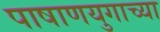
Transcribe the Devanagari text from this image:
पाषाणयुगाच्या